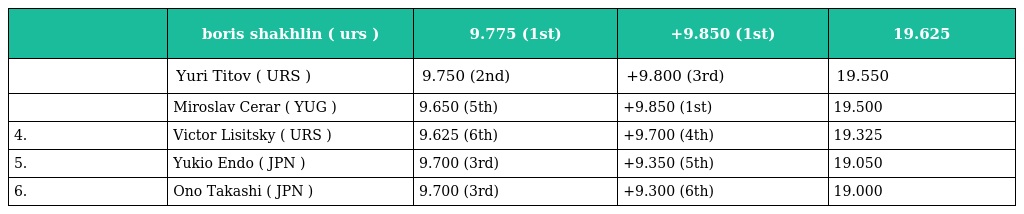
|  | boris shakhlin ( urs ) | 9.775 (1st) | +9.850 (1st) | 19.625 |
 | --- | --- | --- | --- | --- |
 |  | Yuri Titov ( URS ) | 9.750 (2nd) | +9.800 (3rd) | 19.550 |
 |  | Miroslav Cerar ( YUG ) | 9.650 (5th) | +9.850 (1st) | 19.500 |
 | 4. | Victor Lisitsky ( URS ) | 9.625 (6th) | +9.700 (4th) | 19.325 |
 | 5. | Yukio Endo ( JPN ) | 9.700 (3rd) | +9.350 (5th) | 19.050 |
 | 6. | Ono Takashi ( JPN ) | 9.700 (3rd) | +9.300 (6th) | 19.000 |